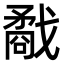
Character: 𢨌